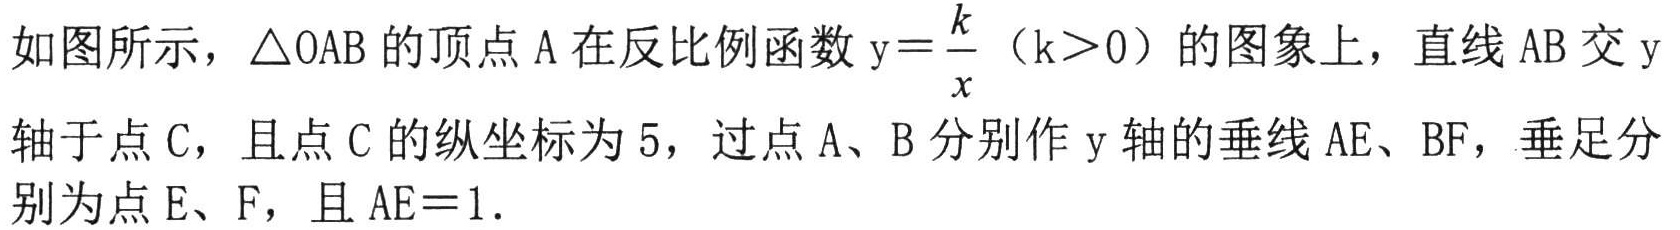
如图所示，\(\triangle OAB\)的顶点\(A\)在反比例函数\(y = \dfrac{k}{x}\)（\(k>0\)）的图象上，直线\(AB\)交\(y\)轴于点\(C\)，且点\(C\)的纵坐标为\(5\)，过点\(A\)、\(B\)分别作\(y\)轴的垂线\(AE\)、\(BF\)，垂足分别为点\(E\)、\(F\)，且\(AE = 1\).